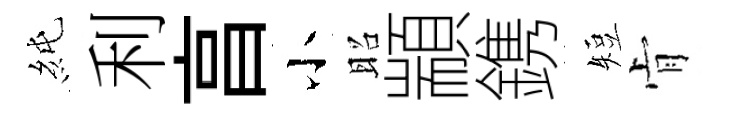
純利亯小昭顓鎸短肻